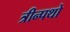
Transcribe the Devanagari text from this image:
त्रीन्पथो